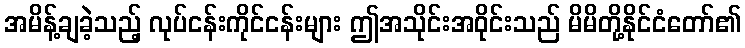
အမိန့်ချခဲ့သည့် လုပ်ငန်းကိုင်ငန်းများ ဤအသိုင်းအဝိုင်းသည် မိမိတို့နိုင်ငံတော်၏